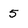
Character: 5